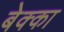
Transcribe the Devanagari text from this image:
बेक्का